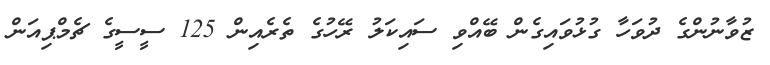
ޒުވާނުންގެ ދުވަހާ ގުޅުވައިގެން ބޭއްވި ސައިކަލު ރޭހުގެ ތެރެއިން 125 ސީސީގެ ޗެމްޕިއަން